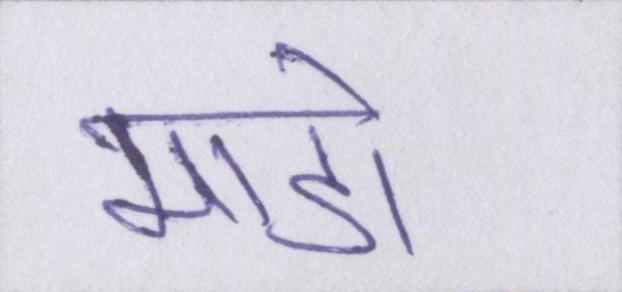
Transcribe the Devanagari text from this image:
माडो